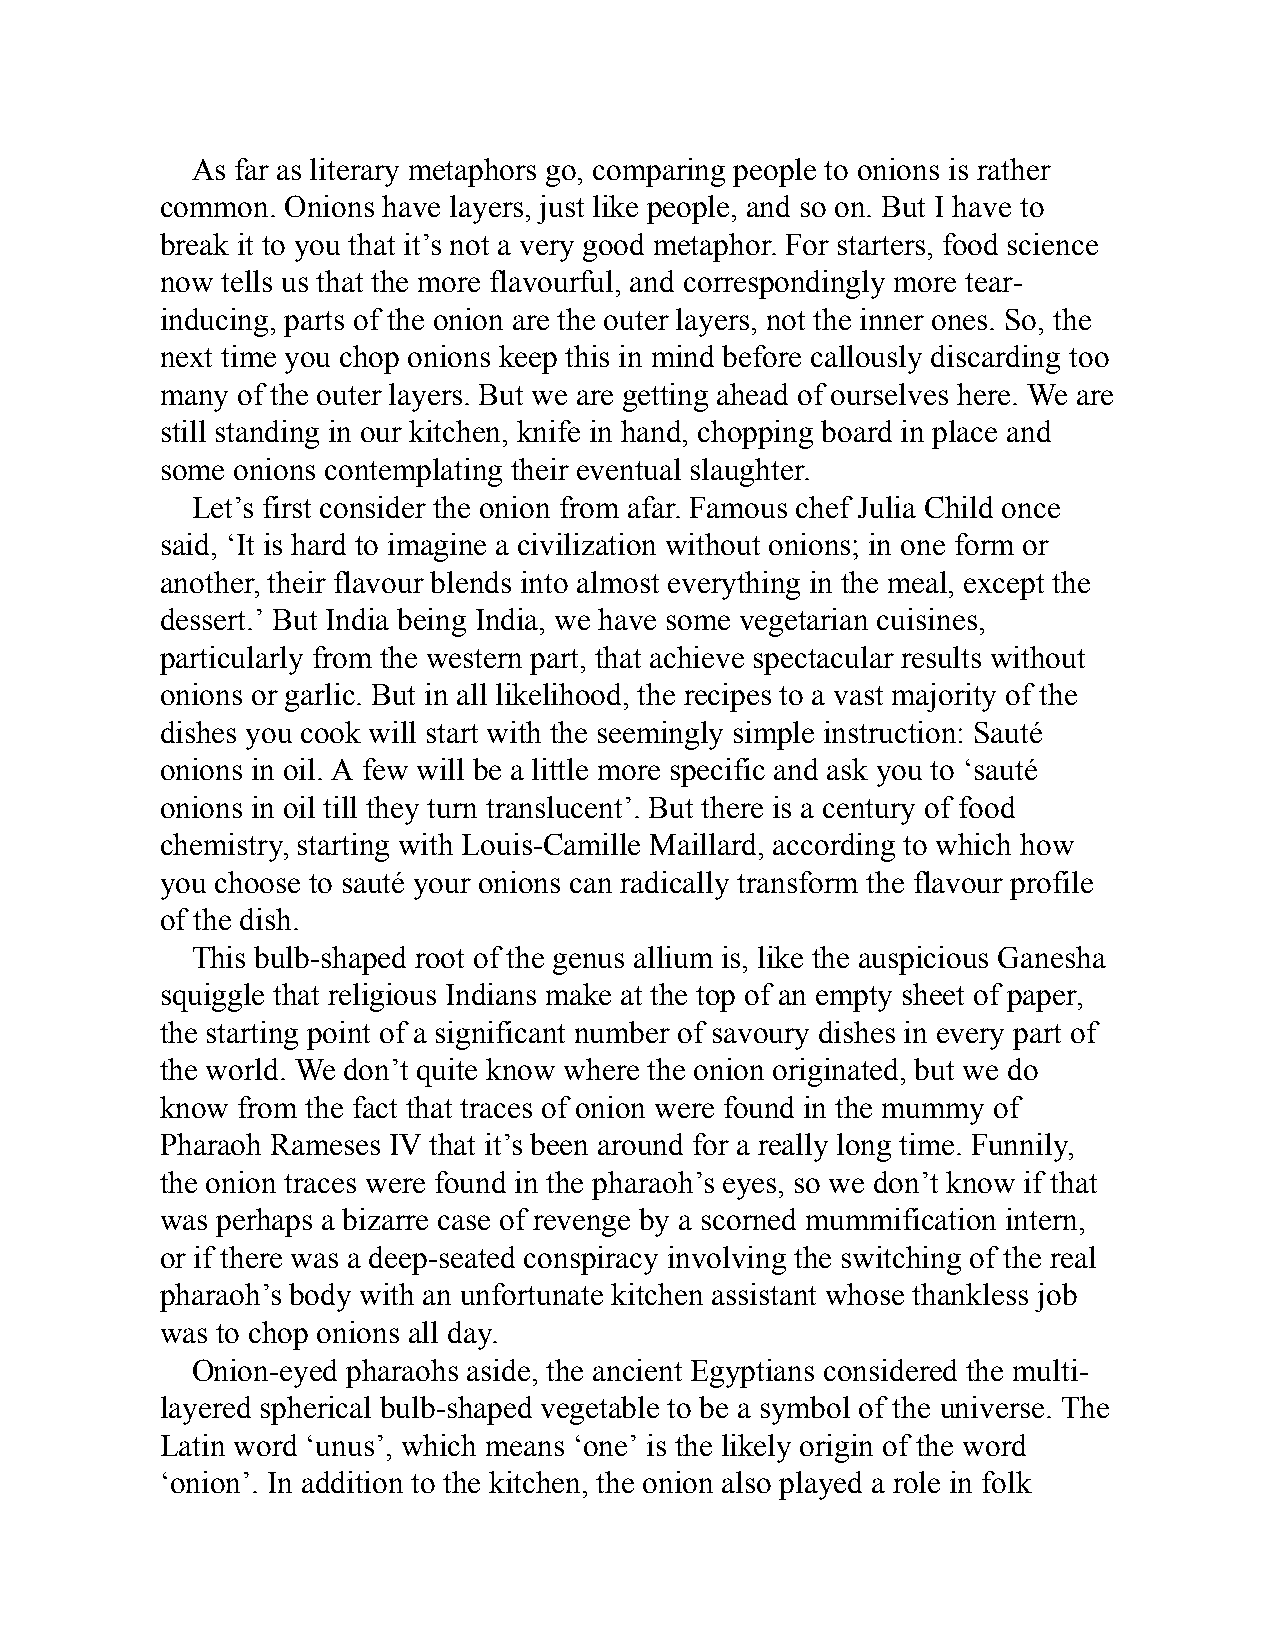
As far as literary metaphors go, comparing people to onions is rather
 common. Onions have layers, just like people, and so on. But I have to
 break it to you that it’s not a very good metaphor. For starters, food science
 now tells us that the more flavourful, and correspondingly more tear-
 inducing, parts of the onion are the outer layers, not the inner ones. So, the
 next time you chop onions keep this in mind before callously discarding too
 many of the outer layers. But we are getting ahead of ourselves here. We are
 still standing in our kitchen, knife in hand, chopping board in place and
 some onions contemplating their eventual slaughter.
 Let’s first consider the onion from afar. Famous chef Julia Child once
 said, ‘It is hard to imagine a civilization without onions; in one form or
 another, their flavour blends into almost everything in the meal, except the
 dessert.’ But India being India, we have some vegetarian cuisines,
 particularly from the western part, that achieve spectacular results without
 onions or garlic. But in all likelihood, the recipes to a vast majority of the
 dishes you cook will start with the seemingly simple instruction: Sauté
 onions in oil. A few will be a little more specific and ask you to ‘sauté
 onions in oil till they turn translucent’. But there is a century of food
 chemistry, starting with Louis-Camille Maillard, according to which how
 you choose to sauté your onions can radically transform the flavour profile
 of the dish.
 This bulb-shaped root of the genus allium is, like the auspicious Ganesha
 squiggle that religious Indians make at the top of an empty sheet of paper,
 the starting point of a significant number of savoury dishes in every part of
 the world. We don’t quite know where the onion originated, but we do
 know from the fact that traces of onion were found in the mummy of
 Pharaoh Rameses IV that it’s been around for a really long time. Funnily,
 the onion traces were found in the pharaoh’s eyes, so we don’t know if that
 was perhaps a bizarre case of revenge by a scorned mummification intern,
 or if there was a deep-seated conspiracy involving the switching of the real
 pharaoh’s body with an unfortunate kitchen assistant whose thankless job
 was to chop onions all day.
 Onion-eyed pharaohs aside, the ancient Egyptians considered the multi-
 layered spherical bulb-shaped vegetable to be a symbol of the universe. The
 Latin word ‘unus’, which means ‘one’ is the likely origin of the word
 ‘onion’. In addition to the kitchen, the onion also played a role in folk